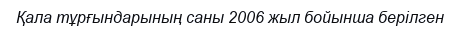
Қала тұрғындарының саны 2006 жыл бойынша берілген